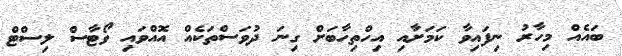
ބައެއް މިހާރު ނިިފައިވާ ކަމަށާއި އިހްތިހާބަށް ގިނަ ދުވަސްތަކެއް އޮއްވައި ވޯޓާސް ލިސްޓް